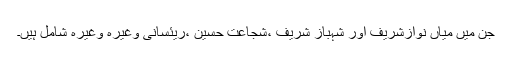
جن میں میاں نوازشریف اور شہباز شریف ،شجاعت حسین ،ریئسانی وغیرہ وغیرہ شامل ہیں۔